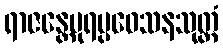
ရာဇန္တေပုရပ္ပဝေသနသုတ္တံ